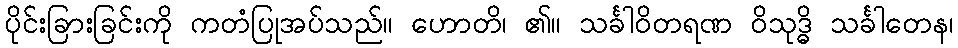
ပိုင်းခြားခြင်းကို ကတံပြုအပ်သည်။ ဟောတိ၊ ၏။ သင်္ခါဝိတရဏ ဝိသုဒ္ဓိ သင်္ခါတေန၊